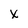
Character: X